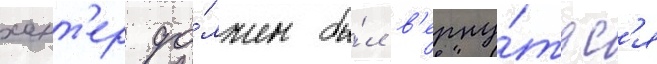
хант'ер до́лжен бы́л в'ерну́тьс'я